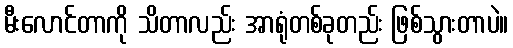
မီးလောင်တာကို သိတာလည်း အာရုံတစ်ခုတည်း ဖြစ်သွားတာပဲ။